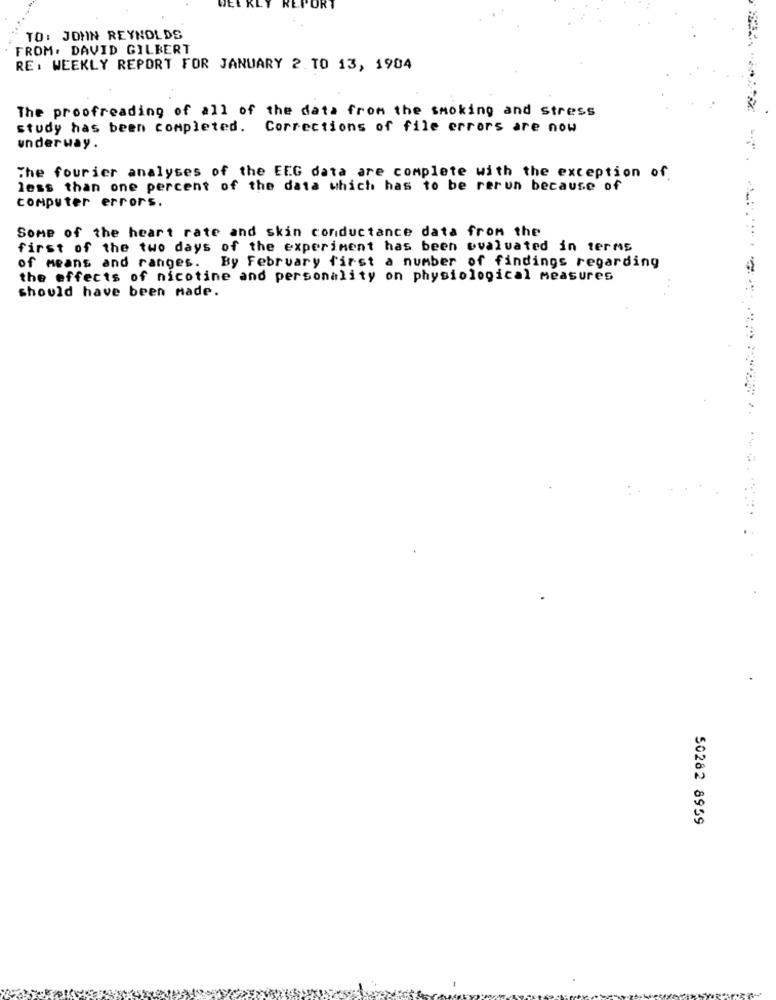
TO: JOHN REYNOLDS
FROM. DAVID GILBERT
RE: WEEKLY REPORT FOR JANUARY 2.TO 13, 1984
The proofreading of all of the data from the smoking and stress
study has been completed. Corrections of file errors are now
underway.
The fourier analyses of the EEG data are complete with the exception of
less than one percent of the data which has to be rerun because of
computer errors.
Some of the heart rate and skin conductance data from the
first of the two days of the experiment has been evaluated in terms
By February first a number of findings regarding
of means and ranges.
the effects of nicotine and personality on physiological measures
should have been made.
50282 8959